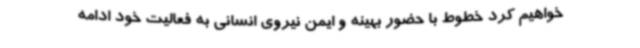
خواهیم کرد خطوط با حضور بهینه و ایمن نیروی انسانی به فعالیت خود ادامه